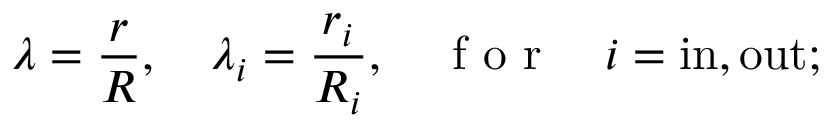
\lambda = \frac { r } { R } , \quad \lambda _ { i } = \frac { r _ { i } } { R _ { i } } , \quad \mathrm { ~ f ~ o ~ r ~ } \quad { i } = \mathrm { i n } , \mathrm { o u t } ;